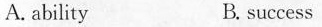
A. ability B. success